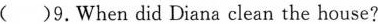
()9.When did Diana clean the house?